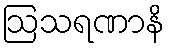
ဩသရဏာနိ